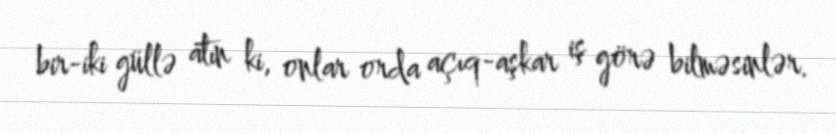
bir-iki güllə atın ki, onlar orda açıq-aşkar iş görə bilməsinlər.